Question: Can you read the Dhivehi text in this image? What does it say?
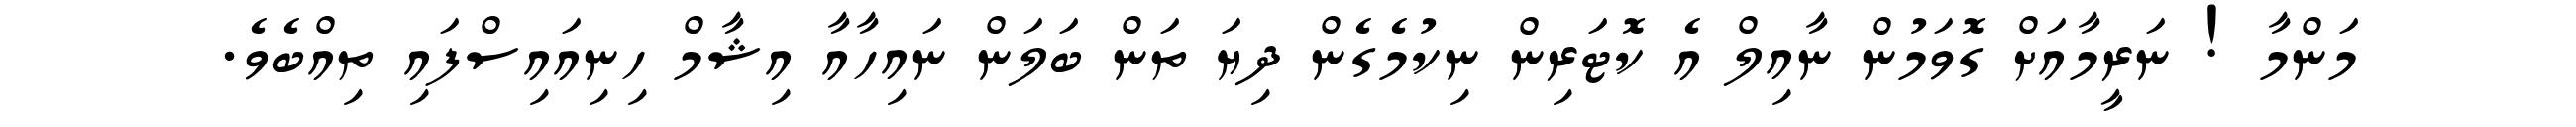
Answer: މަންމާ ! ނަރީމާއަށް ގޮވަމުން ނާއިލް އެ ކޮޓަރިން ނިކުމެގެން ދިޔަ ތަން ބަލަން ނައިހާއާ އިޝާމް ހިނިއައިސްފައި ތިއްބެވެ.